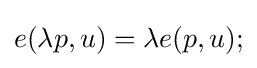
e(\lambda p,u)=\lambda e(p,u);